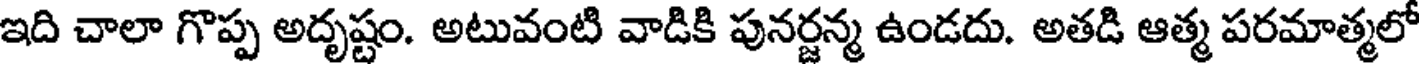
ఇది చాలా గొప్ప అదృష్టం. అటువంటి వాడికి పునర్జన్మ ఉండదు. అతడి ఆత్మ పరమాత్మలో